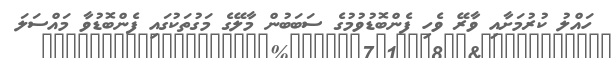
ހައްލު ކުރުމަށާއި ވާރޭ ވެހި ފެންބޮޑުވުމުގެ ސަބަބުން މާލޭގެ މަގުތަކުގައި ފެންބޮޑުވާ މައްސަލަ